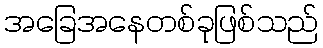
အခြေအနေတစ်ခုဖြစ်သည်